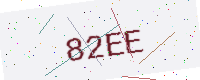
Text: 82EE